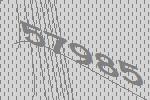
57985